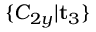
\{ C _ { 2 y } | \mathbf { t } _ { 3 } \}